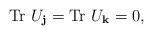
LaTeX: \begin{align*}\textup{Tr}~U_{\bf j}=\textup{Tr} ~U_{\bf k}=0,\end{align*}